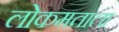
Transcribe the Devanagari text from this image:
लोकमताला